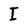
Character: I